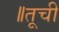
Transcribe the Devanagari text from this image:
॥तूची